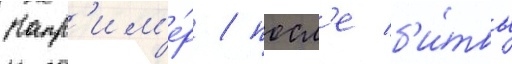
Напр'им'е́р / посл'е б'и́твы